Vaccination report Assam 1896-1927 - 1896-1927
Year: 1896
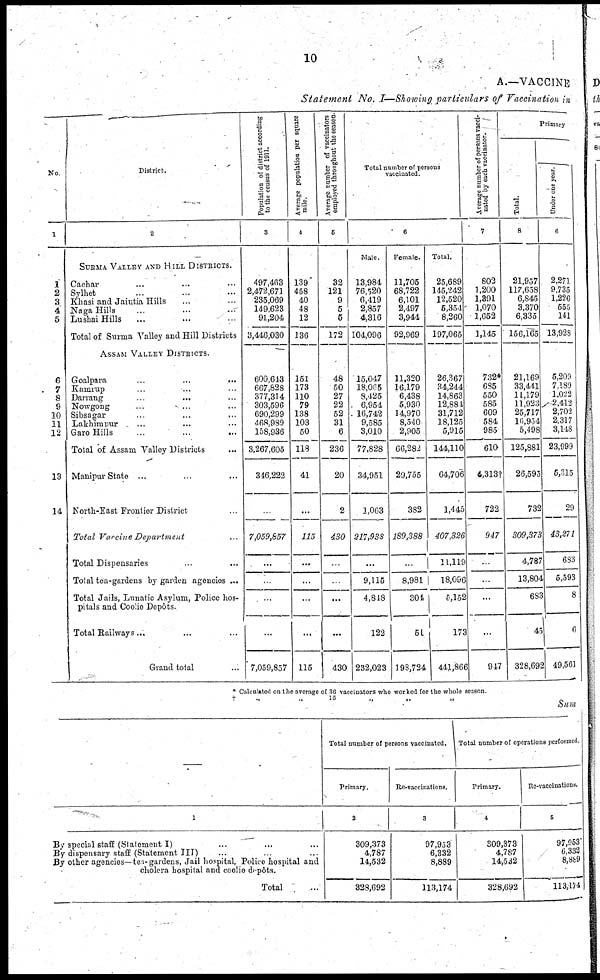
10
A.—VACCINE
Statement No. I—Showing particulars of Vaccination in
No
1
1
2
3
4
5
6
7
8
9
10
11
12
13
14
District.
2
SURMA VALLEY AND HILL DISTRICTS.
Cachar ... ... ...
Sylhet ... ... ...
Khasi and Jaintia Hills ... ...
Naga Hills ... ... ...
Lushai Hills ... ... ...
Total of Surma Valley and Hill Districts
ASSAM VALLEY DISTRICTS.
Goalpara ... ... ...
Kamrup ... ... ...
Dariang ... ... ...
Nowgong ... ... ...
Sibsagar ... ... ...
Lakhimpur ... ... ...
Garo Hills
...
...
...
Total of Assam Valley Districts ...
Manipur State ... ... ...
North-East Frontier District ...
Total Vaccine Department ...
Total Dispensaries ... ...
Total tea-gardens by garden agencies ...
Total Jails, Lunatic Asylum, Police hos-
pitals and Coolie Depôts.
Total Railways... ... ...
Grand total ...
Population of district according
to the census of 1911.
3
497,463
2,472,671
235,069
149,623
91,204
3,446,030
600,643
667,828
377,314
303,596
690,299
468 989
158,936
3,267,605
346,222
...
7,059,857
...
...
...
...
7,059,857
Average population per square
mile.
4
139
458
40
48
12
136
151
173
110
79
138
103
50
118
41
...
115
...
...
...
...
115
Average number of vaccinators
employed throughout the season.
5
32
121
9
5
5
172
48
50
27
22
52
31
6
236
20
2
430
...
...
...
...
430
Total number of persons
vaccinated.
6
Male.
13,984
76,520
6,419
2,857
4,316
104,096
15,047
18,065
8,425
6,954
16,742
9,585
3,010
77,828
34,951
1,063
217,938
...
9,115
4,818
122
232,023
Female.
11,705
68,722
6,101
2,497
3,944
92,969
11,320
16,179
6,438
5,930
14,970
8,540
2,905
66,282
29,755
382
189,388
...
8,981
304
51
198,724
Total.
25,689
145,242
12,520
5,354
8,260
197,065
26,367
34,244
14,863
12,884
31,712
18,125
5,915
144,110
64,706
1,445
407,326
11,119
18,096
5,152
173
441,866
Average number of persons vacci-
nated by each vaccinator.
7
802
1,200
1,391
1,070
1,652
1,145
732*
685
550
585
609
584
985
610
4,313 †
722
947
...
...
...
...
947
Primary
Total.
8
21,957
117,658
6,845
3,370
6,335
156,165
21,169
33,441
11,179
11,923
25,717
16,954
5,498
125,881
26,595
732
309,373
4,787
13,804
683
45
328,692
Under one year.
6
2,271
9,735
1,226
555
141
13,928
5,209
7,189
1,022
2,412
2,702
2,317
3,148
23,999
5,315
29
43,271
683
5,593
8
6
49,561
* Calculated on the average of 36 vaccinators who worked for the whole season.
†
„
„
15
„
„
„
Sum
1
By special staff (Statement I) ... ... ...
By dispensary staff (Statement III) ... ... ...
By other agencies—tea-gardens, Jail hospital, Police hospital and
cholera hospital and coolie depôts.
Total ...
Total number of persons vaccinated.
Primary.
2
309,373
4,787
14,532
328,692
Re-vaccinations.
3
97,953
6,332
8,889
113,174
Total number of operations perfosmed.
Primary.
4
309,373
4,787
14,532
328,692
Re-vaccinations.
5
97,953
6,332
8,889
113,174